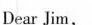
Dear Jim，